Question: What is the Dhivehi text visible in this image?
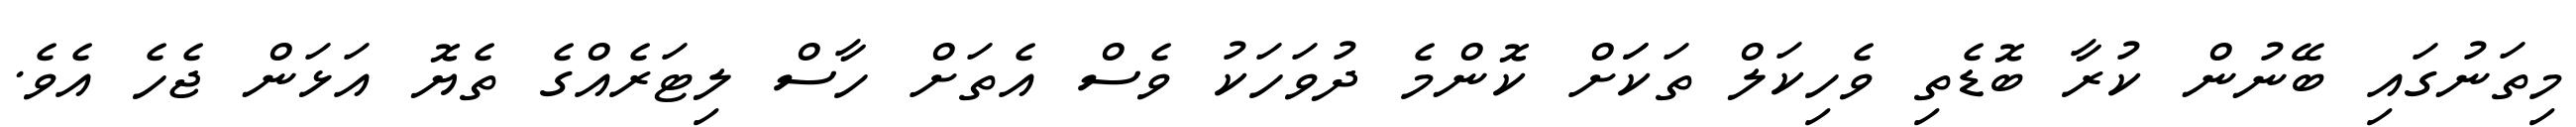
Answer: މިތަނުގައި ބޭނުން ކުރާ ބޮޑެތި ވެހިކަލް ތަކަަށް ކޮންމެ ދުވަހަކު ވެސް އެތަށް ހާސް ލިޓަރެއްގެ ތެޔޮ އަޅަން ޖެހެ އެވެ.